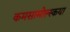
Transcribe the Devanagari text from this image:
कमसामोल्स्कया